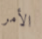
الأمر